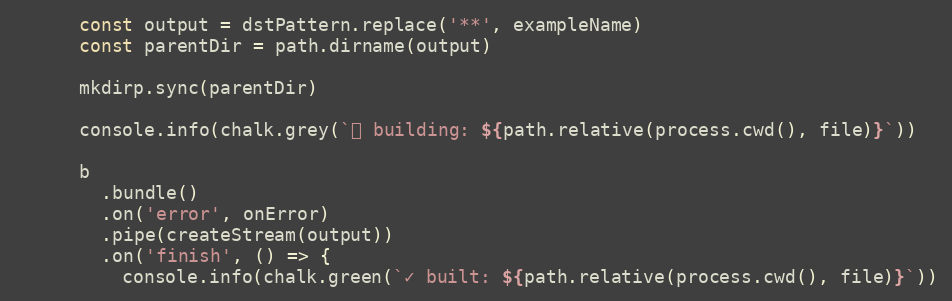
Language: JavaScript
      const output = dstPattern.replace('**', exampleName)
      const parentDir = path.dirname(output)

      mkdirp.sync(parentDir)

      console.info(chalk.grey(`⏳ building: ${path.relative(process.cwd(), file)}`))

      b
        .bundle()
        .on('error', onError)
        .pipe(createStream(output))
        .on('finish', () => {
          console.info(chalk.green(`✓ built: ${path.relative(process.cwd(), file)}`))